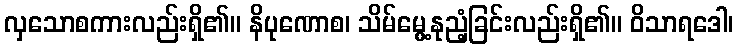
လှသောစကားလည်းရှိ၏။ နိပုဏောစ၊ သိမ်မွေ့နုညံ့ခြင်းလည်းရှိ၏။ ဝိသာရဒေါ၊